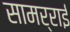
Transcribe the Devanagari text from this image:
सामर्राई